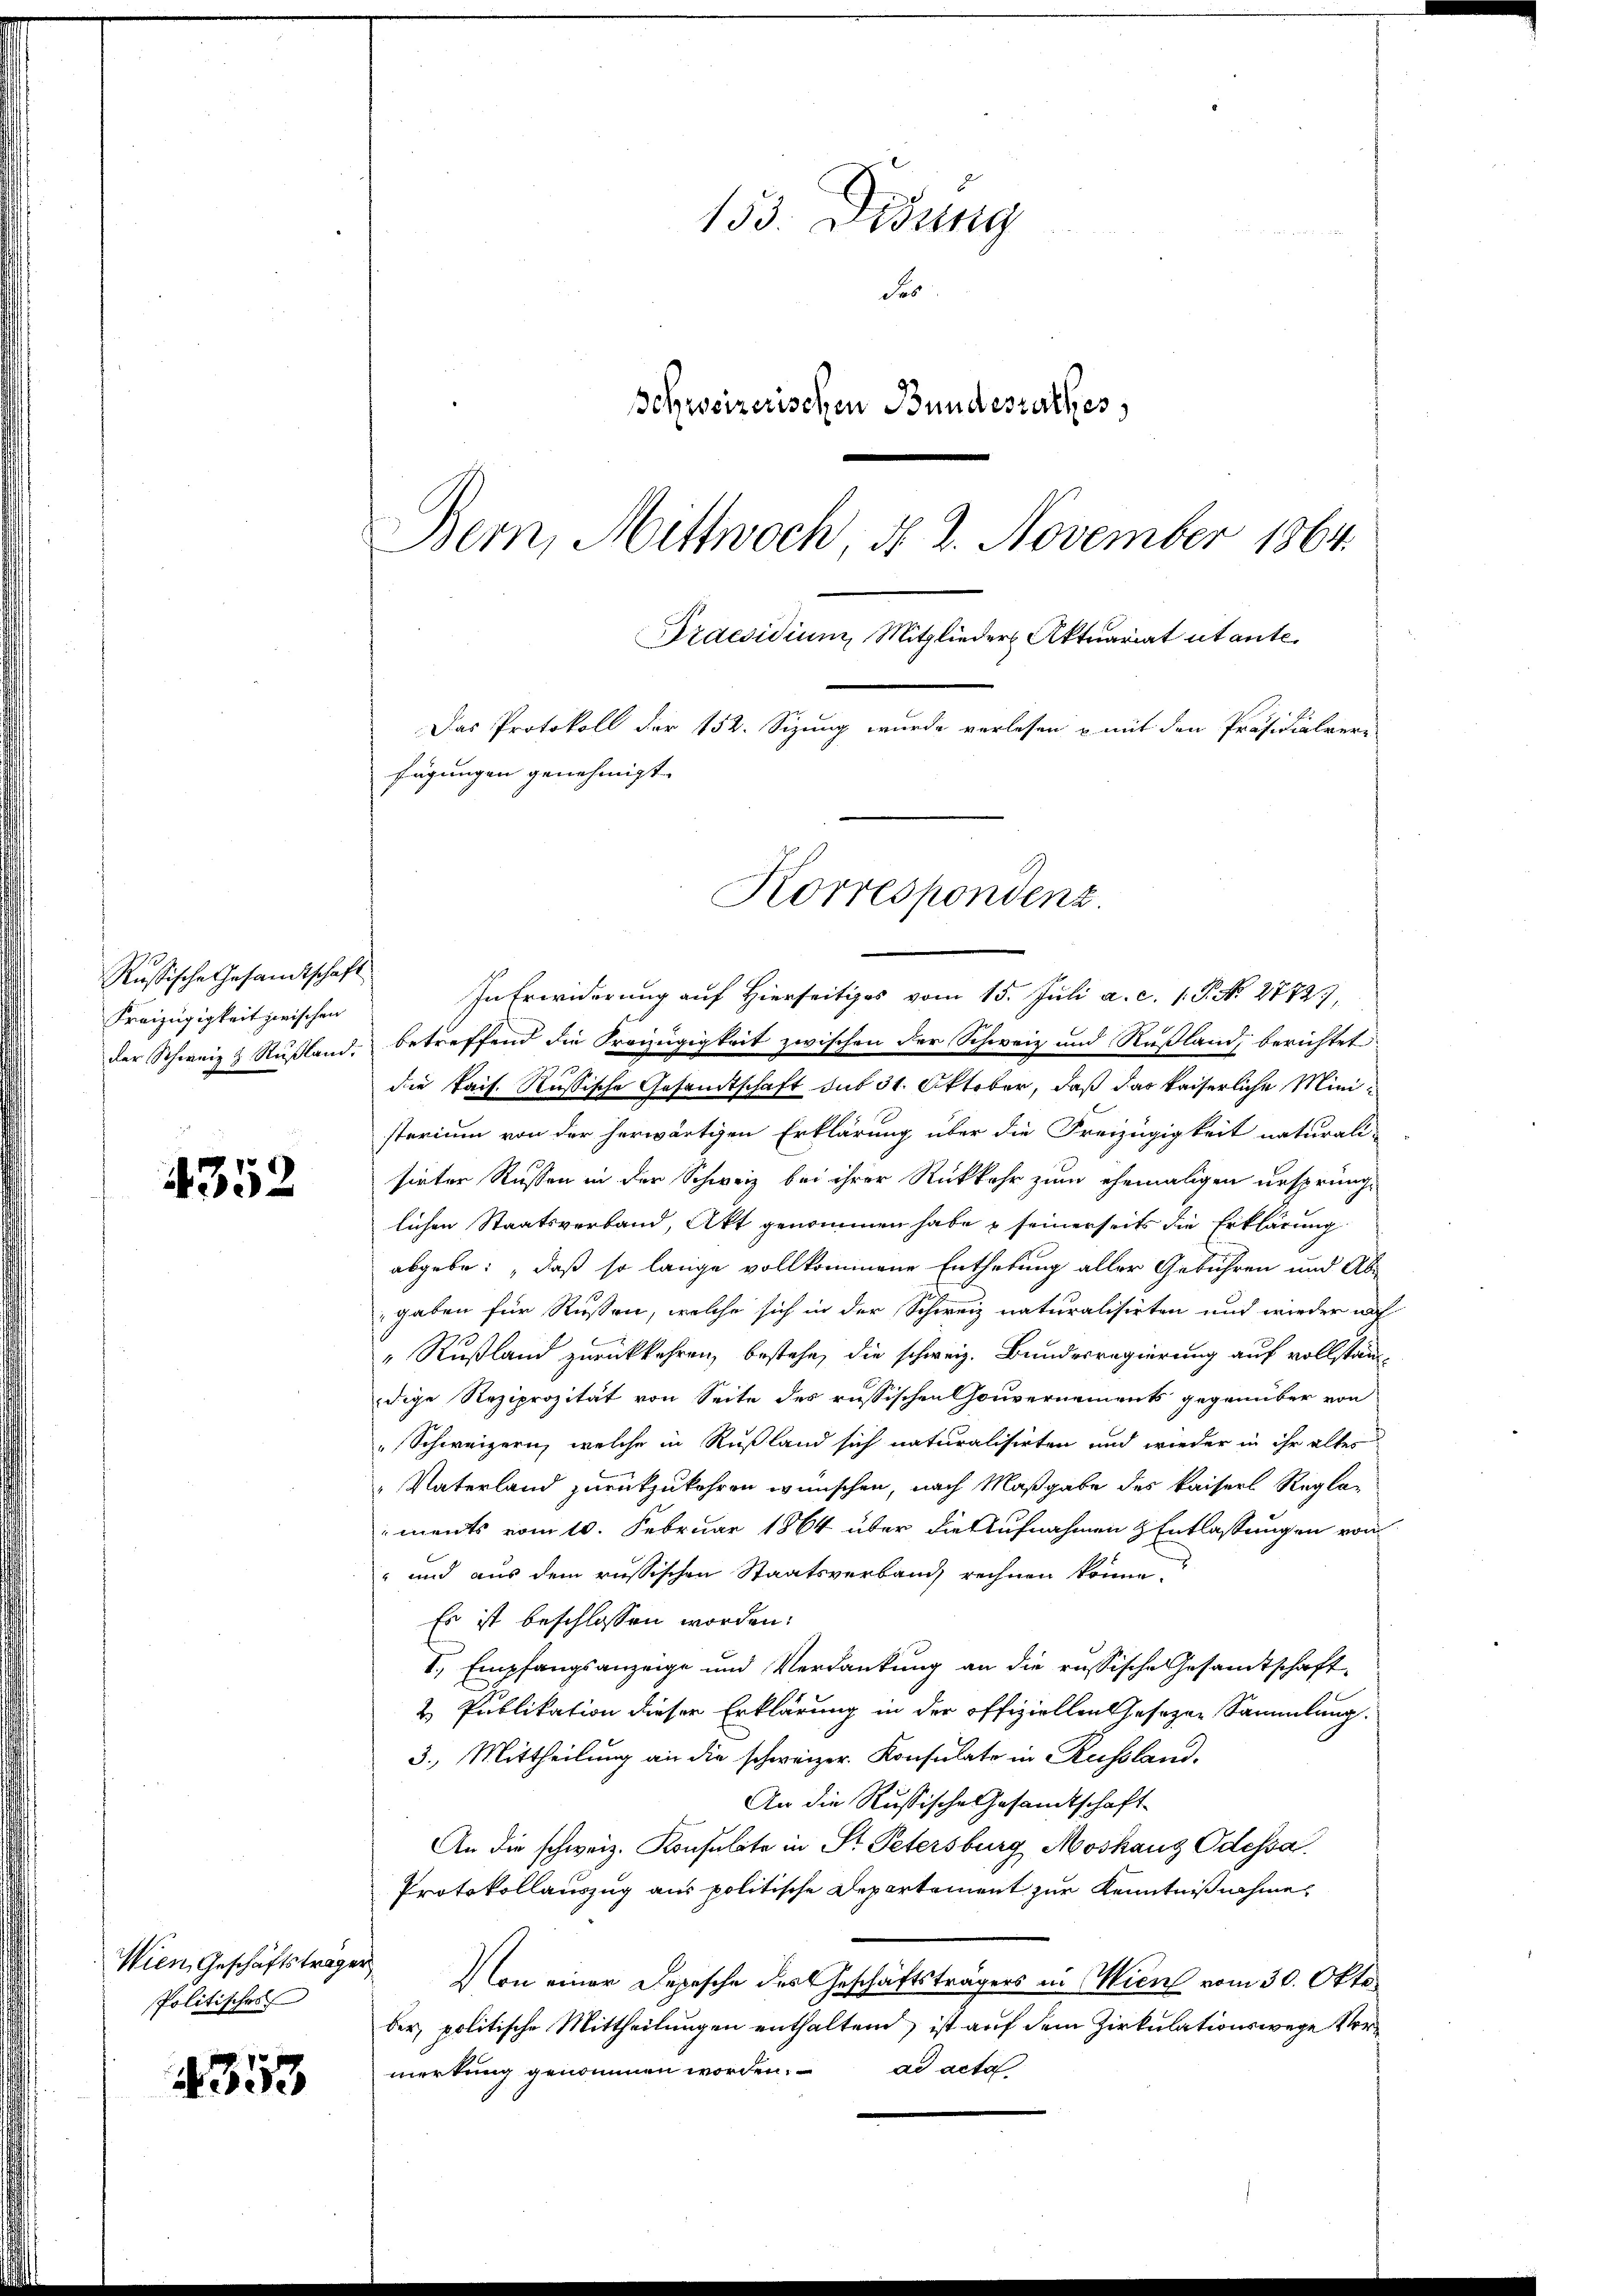
Russische Gesandtschaft
Freizügigkeit zwischen
der Schweiz & Rußland.

4352

Wien, Geschäftstrage.
Politisches

4353

153. Desung
Behweizerischen Bundesrathes,
Bern, Mittwoch §. 2. November 1864.

Das Protokoll der 152. Sizung wurde verlesen u mit den Präsidialvere
fügungen genehmigt. |
Korrespondenz.
In Erwiderung auf Hierseitiges vom 15. Juli a. c. 1. P. No. 27727,

betreffend die Kronügigkeit zwischen der Schweiz und Rußland, berichtet
de Pais. Russische Gesandtschaft sub 31. Oktober, daß das kaiserliche Ministerium von der herwärtigen Erklärung über die Freizügigkeit naturali-
sirter Russen in der Schweiz bei ihrer Rückkehr zum ehemaligen ursprüng-
lichen Staatsverband, Akt genommen habe u seinerseits die Erklärung
abgebe: „daß so lange vollkommene Enthebung aller Gebühren und Abe
gaben für Russen, welche sich in der Schweiz naturalisirten und wieder auf
" Rußland zurückkehren, bestehe, die schweiz. Bundesregierung auf vollständ
dige Reziprozität von Seite des russischen Gouvernements gegenüber von
„Schweizern, welche in Rußland sich naturalisirten und wieder in ihr altes
"Vaterland zurückzukehren wünschen, nach Maßgabe des Kaisers Regle-
ments vom 10. Februar 1864 über die Aufnahmen & Entlassungen von
" und aus dem russischen Staatsverband rechnen könne.
Es ist beschlossen worden:
I., Empfangsanzeige und Verdankung an die russische Gesamtschaft-
2 Publikation dieser Erklärung in der offiziellen Gesezen Sammlung.
3. Mittheilung an die schweizer. Konsulate in Russland,
An die Russische Gesandtschaft
An die schweiz. Konsulate in St. Petersburg Moskanz Odessa.
Protokollauszug aus politische Departement zur Kenntnißnahme
 Von einer Depesche des Geschäftsträgers in Wien vom 30. Okto
ber, politische Mittheilungen enthaltend, ist auf dem Zirkulationswege Vermerkung genommen worden. ad acta

Praesidium, Mitglieder Aktuariat utante.